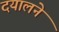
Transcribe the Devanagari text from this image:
दयालने